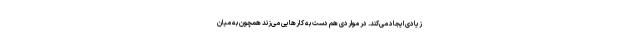
زیادی ایجاد می‌کند. در مواردی هم دست به کارهایی می‌زند همچون به میان